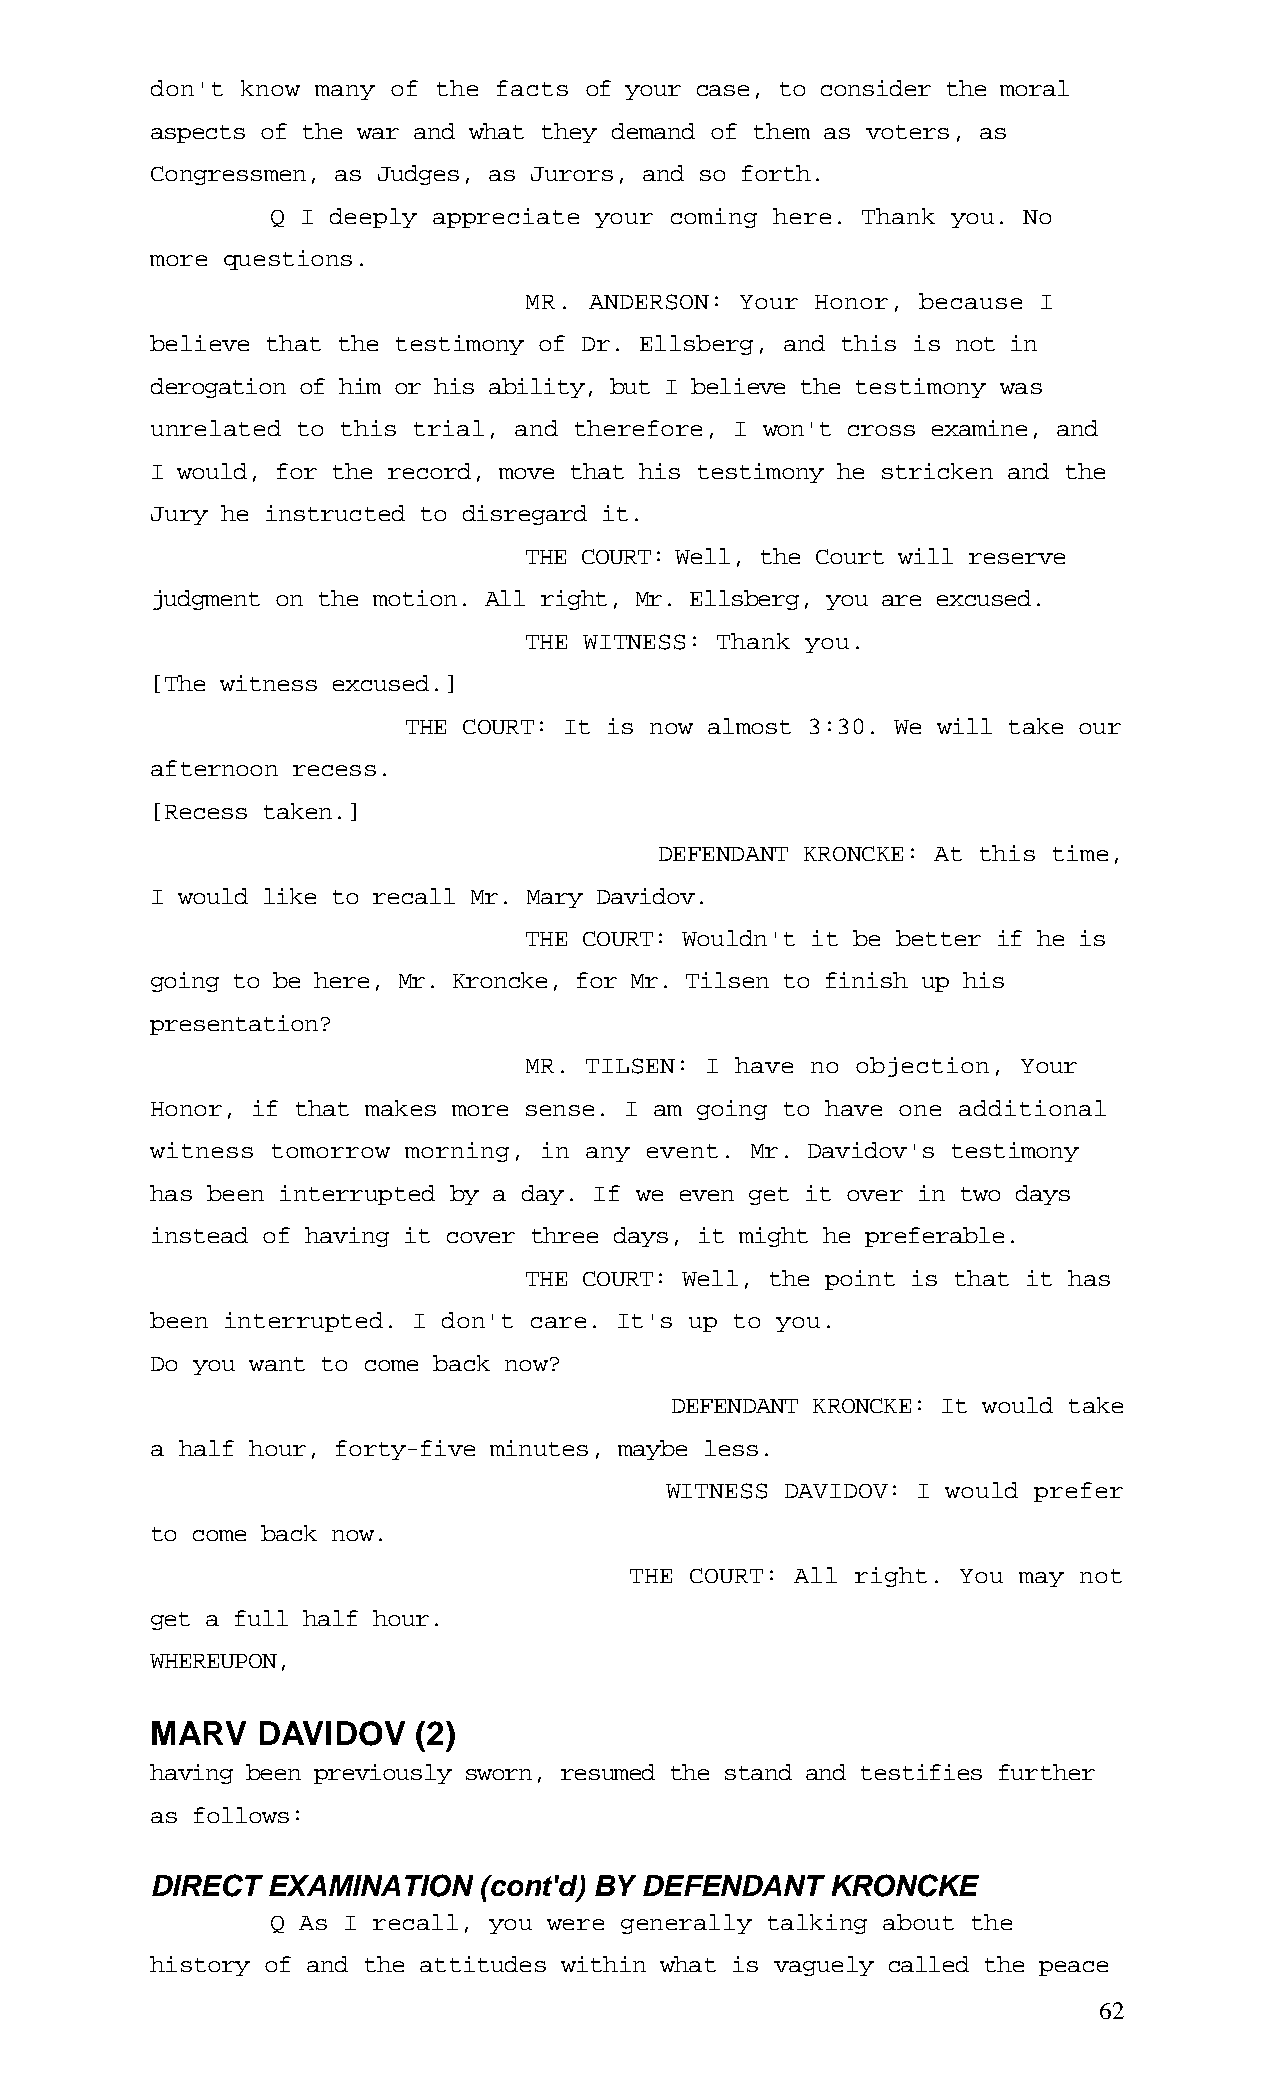
don't know many of the facts of your case, to consider the moral
 aspects of the war and what they demand of them as voters, as
 Congressmen, as Judges, as Jurors, and so forth.
 Q I deeply appreciate your coming here. Thank you. No
 more questions.
 MR. ANDERSON: Your Honor, because I
 believe that the testimony of Dr. Ellsberg, and this is not in
 derogation of him or his ability, but I believe the testimony was
 unrelated to this trial, and therefore, I won't cross examine, and
 I would, for the record, move that his testimony he stricken and the
 Jury he instructed to disregard it.
 THE COURT: Well, the Court will reserve
 judgment on the motion. All right, Mr. Ellsberg, you are excused.
 THE WITNESS: Thank you.
 [The witness excused.]
 THE COURT: It is now almost 3:30. We will take our
 afternoon recess.
 [Recess taken.]
 DEFENDANT KRONCKE: At this time,
 I would like to recall Mr. Mary Davidov.
 THE COURT: Wouldn't it be better if he is
 going to be here, Mr. Kroncke, for Mr. Tilsen to finish up his
 presentation?
 MR. TILSEN: I have no objection, Your
 Honor, if that makes more sense. I am going to have one additional
 witness tomorrow morning, in any event. Mr. Davidov's testimony
 has been interrupted by a day. If we even get it over in two days
 instead of having it cover three days, it might he preferable.
 THE COURT: Well, the point is that it has
 been interrupted. I don't care. It's up to you.
 Do you want to come back now?
 DEFENDANT KRONCKE: It would take
 a half hour, forty-five minutes, maybe less.
 WITNESS DAVIDOV: I would prefer
 to come back now.
 THE COURT: All right. You may not
 get a full half hour.
 WHEREUPON,
 MARV   DAVIDOV    (2)
 having been previously sworn, resumed the stand and testifies further
 as follows:
 DIRECT  EXAMINATION   (cont'd) BY DEFENDANT  KRONCKE
 Q As I recall, you were generally talking about the
 history of and the attitudes within what is vaguely called the peace
 62